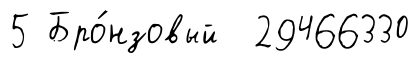
5 Бро́нзовый 29466330